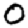
Digit: 0